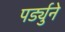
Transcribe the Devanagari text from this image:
पर्ड्युने